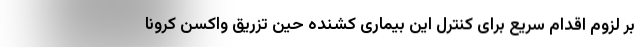
بر لزوم اقدام سریع برای کنترل این بیماری کشنده حین تزریق واکسن کرونا